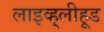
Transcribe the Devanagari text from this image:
लाइव्ह्‌लीहूड